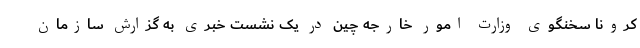
کرونا سخنگوی وزارت امور خارجه چین در یک نشست خبری به گزارش سازمان